Vaccination United Provinces of Agra and Oudh 1914-1922 - 1914-1922
Year: 1914
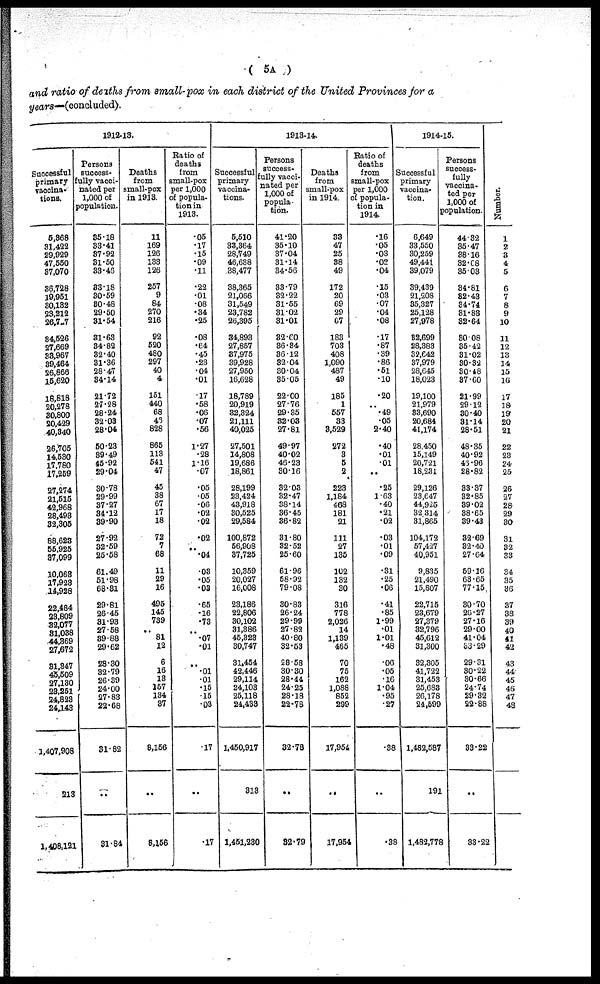
( 5A )
and ratio of deaths from small-pox in each district of the United Provinces for a
years—(concluded).
1912-13.
Successful
primary
vaccina¬
tions.
5,868
31,422
29,929
47,550
37,070
36,728
19,951
30,132
23,212
26,727
34,526
27,669
33,967
39,464
26,866
15,620
18,818
20,278
30,800
20,429
40,340
26,705
14,530
17,780
17,259
27,274
21,515
42,968
28,498
32,305
88,623
55,925
37,099
10,063
17,923
14,928
22,484
23,809
32,077
31,038
44,369
27,672
31,847
45,509
27,130
28,251
24,823
24,143
1,407,908
213
1,408,121
Persons
success-
fully vacci-
nated per
1,000 of
population.
35.18
33.41
37.92
31.50
33.46
33.18
30.59
30.48
29.50
31.54
31.63
34.82
32.40
31.36
28.47
34.14
21.72
27.28
28.24
32.03
28.04
50.23
39.49
45.92
29.04
30.78
29.99
37.27
34.12
39.90
27.92
32.59
25.58
61.49
51.98
68.31
29.81
26.45
31.93
27.58
39.88
29.62
28.30
32.79
26.39
24.00
27.83
22.68
31.82
..
31.84
Deaths
from
small-pox
in 1913.
11
169
126
133
126
257
9
84
270
216
92
520
480
297
40
4
151
440
68
46
828
865
113
541
47
45
38
67
17
18
72
7
68
11
29
16
495
145
739
..
81
12
6
16
13
157
134
37
8,156
..
8,156
Ratio of
deaths
from
small-pox
per 1,000
of popula-
tion in
1913.
.05
.17
.15
.09
.11
.22
.01
.08
.34
.25
.08
.64
.45
.23
.04
.01
.17
.58
.06
.07
.56
1.27
.28
1.16
.07
.05
.05
.06
.02
.02
.02
..
.04
.03
.05
.03
.65
.16
.73
..
.07
.01
..
.01
.01
.15
.15
.03
.17
..
.17
1913-14.
Successful
primary
vaccina-
tions.
5,510
33,364
28,749
46,638
38,477
38,365
21,066
31,549
23,782
26,395
34,893
27,857
37,975
39,928
27,950
16,628
18,789
20,919
32,324
21,111
40,025
27,501
14,808
19,686
18,861
28,199
23,424
43,918
30,525
29,584
100,872
56,908
37,725
10,359
20,027
16,008
23,186
22,806
30,102
31,386
45,323
30,747
31,454
42,446
29,114
24,103
25,118
24,433
1,450,917
313
1,451,280
Persons
success-
fully vacci-
nated per
1,000 of
popula¬
tion.
41.20
35.10
37.04
31.14
34.56
33.79
32.22
31.55
31.02
31.01
32.60
36.34
36.12
32.04
30.04
35.05
22.00
27.76
29.35
32.03
27.81
49.97
40.02
46.23
30.16
32.03
32.47
38.14
36.45
36.82
31.80
32.52
25.60
61.96
58.92
79.08
30.83
26.24
29.99
27.82
40.80
32.53
28.58
30.30
28.44
24.25
28.18
22.78
32.78
..
32.79
Deaths
from
small-pox
in 1914.
33
47
25
38
49
172
20
69
29
67
183
703
408
1,090
487
49
185
1
557
33
3,529
272
3
5
2
223
1,184
468
181
21
111
27
135
102
132
30
316
778
2,026
14
1,139
465
70
75
162
1,088
852
299
17,954
..
17,954
Ratio of
deaths
from
small-pox
per 1,000
of popula-
tion in
1914.
.16
.05
.03
.02
.04
.15
.03
.07
.04
.08
.17
.87
.39
.86
.51
.10
.20
..
.49
.05
2.40
.40
.01
.01
..
.25
1.63
.40
.21
.02
.03
.01
.09
.31
.25
.06
.41
.85
1.99
.01
1.01
.48
.06
.05
.16
1.04
.95
.27
.38
..
.38
1914-15.
Successful
primary
vaccina-
tion.
6,649
33,550
30,259
49,441
39,079
39,439
21,208
35,327
25,128
27,978
32,699
28,383
32,642
37,979
28,645
18,023
19,100
21,979
33,690
20,684
41,174
28,450
15,149
20,721
18,231
29,126
23,647
44,925
32,314
31,865
104,172
57,427
40,951
9,835
21,490
15,807
22,715
23,679
27,379
32,796
45,612
31,300
32,305
41,722
31,453
25,683
26,178
24,599
1,482,587
191
1,482,778
Persons
success-
fully
vaccina-
ted per
1,000 of
population.
44.32
35.47
38.16
32.08
35.03
34.81
32.43
34.74
31.83
32.64
30.08
35.42
31.02
30.32
30.48
37.60
21.99
29.12
30.40
31.14
28.51
48.35
40.92
46.96
28.82
33.37
32.85
39.02
38.65
39.43
32 69
32.40
27.64
59.16
63.65
77.15
30.70
26.27
27.16
29.00
41.04
33.29
29.31
30.22
30.66
24.74
29.32
22.88
33.22
..
33.22
Number.
1
2
3
4
5
6
7
8
9
10
11
12
13
14
15
16
17
18
19
20
21
22
23
24
25
26
27
28
29
30
31
32
33
34
35
36
37
38
39
40
41
42
43
44
45
46
47
48